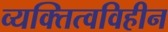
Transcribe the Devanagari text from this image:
व्यक्तित्वविहीन